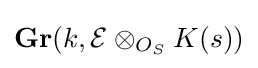
\mathbf {Gr} (k,{\mathcal {E}}\otimes _{O_{S}}K(s))